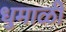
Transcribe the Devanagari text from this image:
धुमाळी